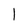
Character: l